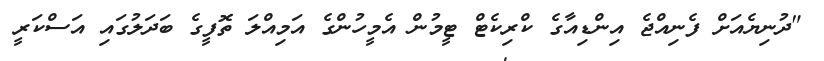
"ދުނިޔެއަށް ފެނިއްޖެ އިންޑިއާގެ ކްރިކެޓް ޓީމުން އެމީހުންގެ އަމިއްލަ ތޮފީގެ ބަދަލުގައި އަސްކަރީ